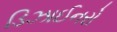
ડિઝાઈનરો